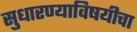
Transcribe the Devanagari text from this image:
सुधारण्याविषयीचा